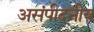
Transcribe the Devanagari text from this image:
असंपीदनीय